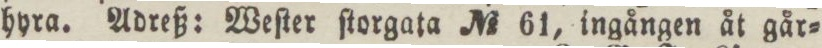
hyra. Adreß: Weſter ſtorgata No 61, ingången åt går=